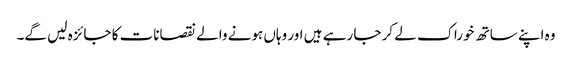
وہ اپنے ساتھ خوراک لے کر جا رہے ہیں اور وہاں ہونے والے نقصانات کا جائزہ لیں گے۔